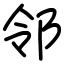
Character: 邻